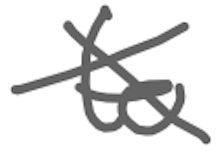
Text: to
Cross-out: cross
Writing tool: digital_gray